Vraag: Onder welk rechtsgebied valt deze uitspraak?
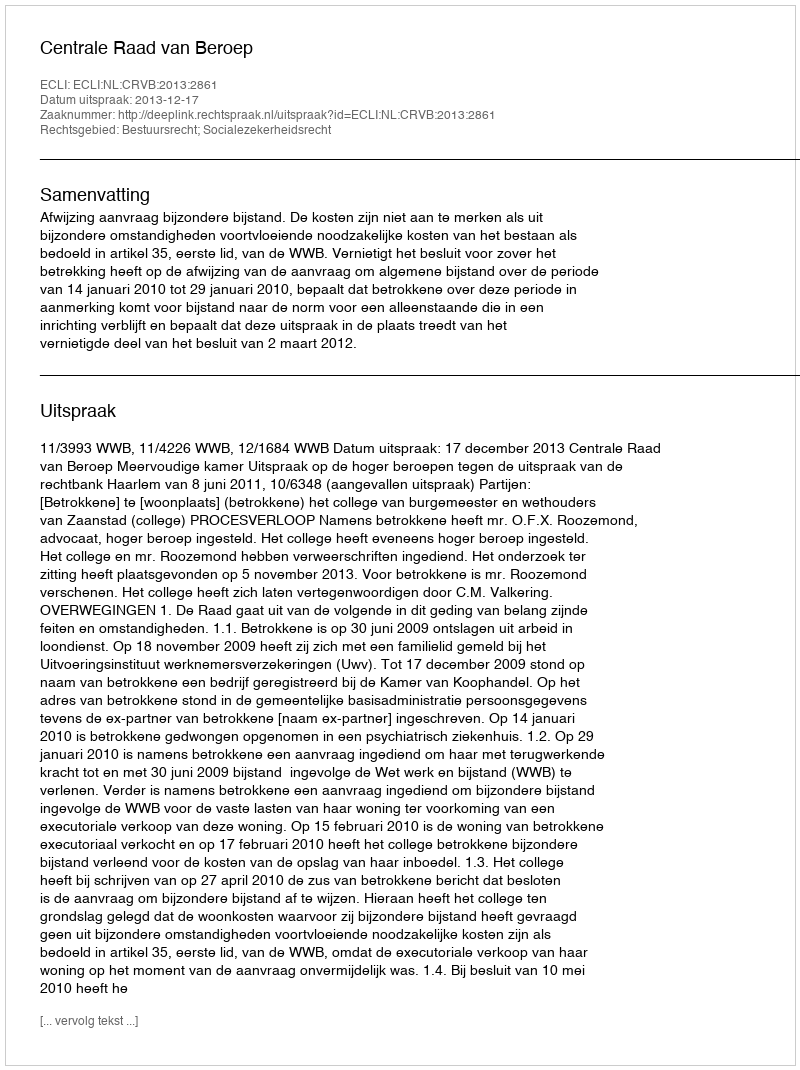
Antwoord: Bestuursrecht; Socialezekerheidsrecht